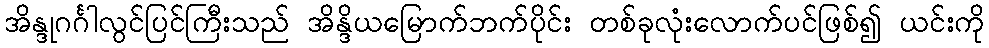
အိန္ဒုဂင်္ဂါလွင်ပြင်ကြီးသည် အိန္ဒိယမြောက်ဘက်ပိုင်း တစ်ခုလုံးလောက်ပင်ဖြစ်၍ ယင်းကို